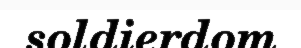
soldierdom